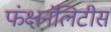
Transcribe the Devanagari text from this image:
फंक्षनॅलिटीस